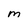
Character: M